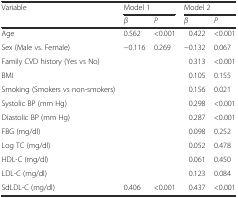
<table><thead><tr><td rowspan="2"><b>Variable</b></td><td colspan="2"><b>Model 1</b></td><td colspan="2"><b>Model 2</b></td></tr><tr><td><b><i>β</i></b></td><td><b><i>P</i></b></td><td><b><i>β</i></b></td><td><b><i>P</i></b></td></tr></thead><tbody><tr><td>Age</td><td>0.562</td><td>&lt;0.001</td><td>0.422</td><td>&lt;0.001</td></tr><tr><td>Sex (Male vs. Female)</td><td>−0.116</td><td>0.269</td><td>−0.132</td><td>0.067</td></tr><tr><td>Family CVD history (Yes vs No)</td><td>[EMPTY_CELL]</td><td>[EMPTY_CELL]</td><td>0.313</td><td>&lt;0.001</td></tr><tr><td>BMI</td><td>[EMPTY_CELL]</td><td>[EMPTY_CELL]</td><td>0.105</td><td>0.155</td></tr><tr><td>Smoking (Smokers vs non-smokers)</td><td>[EMPTY_CELL]</td><td>[EMPTY_CELL]</td><td>0.156</td><td>0.021</td></tr><tr><td>Systolic BP (mm Hg)</td><td>[EMPTY_CELL]</td><td>[EMPTY_CELL]</td><td>0.298</td><td>&lt;0.001</td></tr><tr><td>Diastolic BP (mm Hg)</td><td>[EMPTY_CELL]</td><td>[EMPTY_CELL]</td><td>0.287</td><td>&lt;0.001</td></tr><tr><td>FBG (mg/dl)</td><td>[EMPTY_CELL]</td><td>[EMPTY_CELL]</td><td>0.098</td><td>0.252</td></tr><tr><td>Log TC (mg/dl)</td><td>[EMPTY_CELL]</td><td>[EMPTY_CELL]</td><td>0.052</td><td>0.478</td></tr><tr><td>HDL-C (mg/dl)</td><td>[EMPTY_CELL]</td><td>[EMPTY_CELL]</td><td>0.061</td><td>0.450</td></tr><tr><td>LDL-C (mg/dl)</td><td>[EMPTY_CELL]</td><td>[EMPTY_CELL]</td><td>0.123</td><td>0.084</td></tr><tr><td>SdLDL-C (mg/dl)</td><td>0.406</td><td>&lt;0.001</td><td>0.437</td><td>&lt;0.001</td></tr></tbody></table>